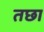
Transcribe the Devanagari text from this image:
तछा